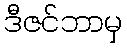
ဒီဇင်ဘာမှ